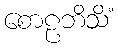
စောဠဘိသိံ